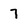
Character: 7